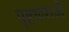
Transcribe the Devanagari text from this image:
पृष्टधाराओं